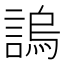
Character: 𧪛